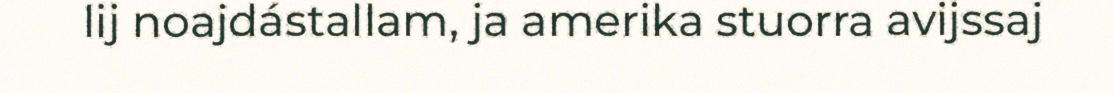
lij noajdástallam, ja amerika stuorra avijssaj